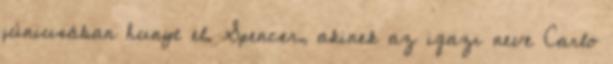
júniusában hunyt el. Spencer, akinek az igazi neve Carlo